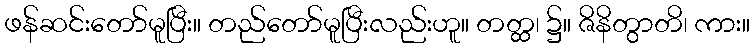
ဖန်ဆင်းတော်မူပြီး။ တည်တော်မူပြီးလည်းဟူ။ တတ္ထ၊ ၌။ ဇိနိတွာတိ၊ ကား။